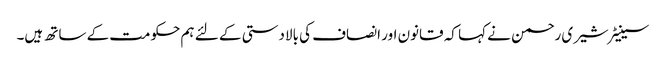
سینیٹر شیری رحمن نے کہا کہ قانون اور انصاف کی بالادستی کے لئے ہم حکومت کے ساتھ ہیں۔